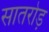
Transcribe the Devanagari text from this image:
सातरोड़